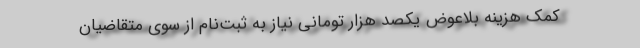
کمک هزینه بلاعوض یکصد هزار تومانی نیاز به ثبت‌نام از سوی متقاضیان